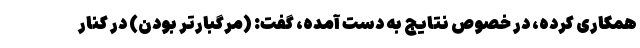
همکاری کرده، در خصوص نتایج به دست آمده، گفت: (مرگبارتر بودن) در کنار